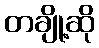
တချို့ဆို